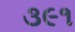
૩૯૧